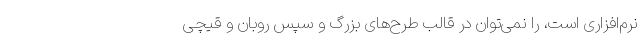
نرم‌افزاری است، را نمی‌توان در قالب طرح‌های بزرگ و سپس روبان و قیچی